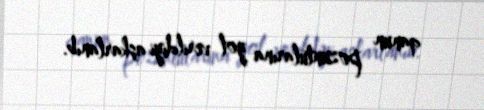
qanun pozuntularına yol verildiyi aşkarlanıb.